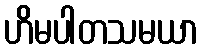
ဟိမပါတသမယာ